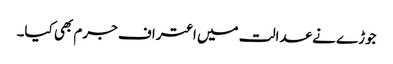
جوڑے نے عدالت میں اعتراف جرم بھی کیا۔